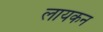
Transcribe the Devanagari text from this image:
लायकन